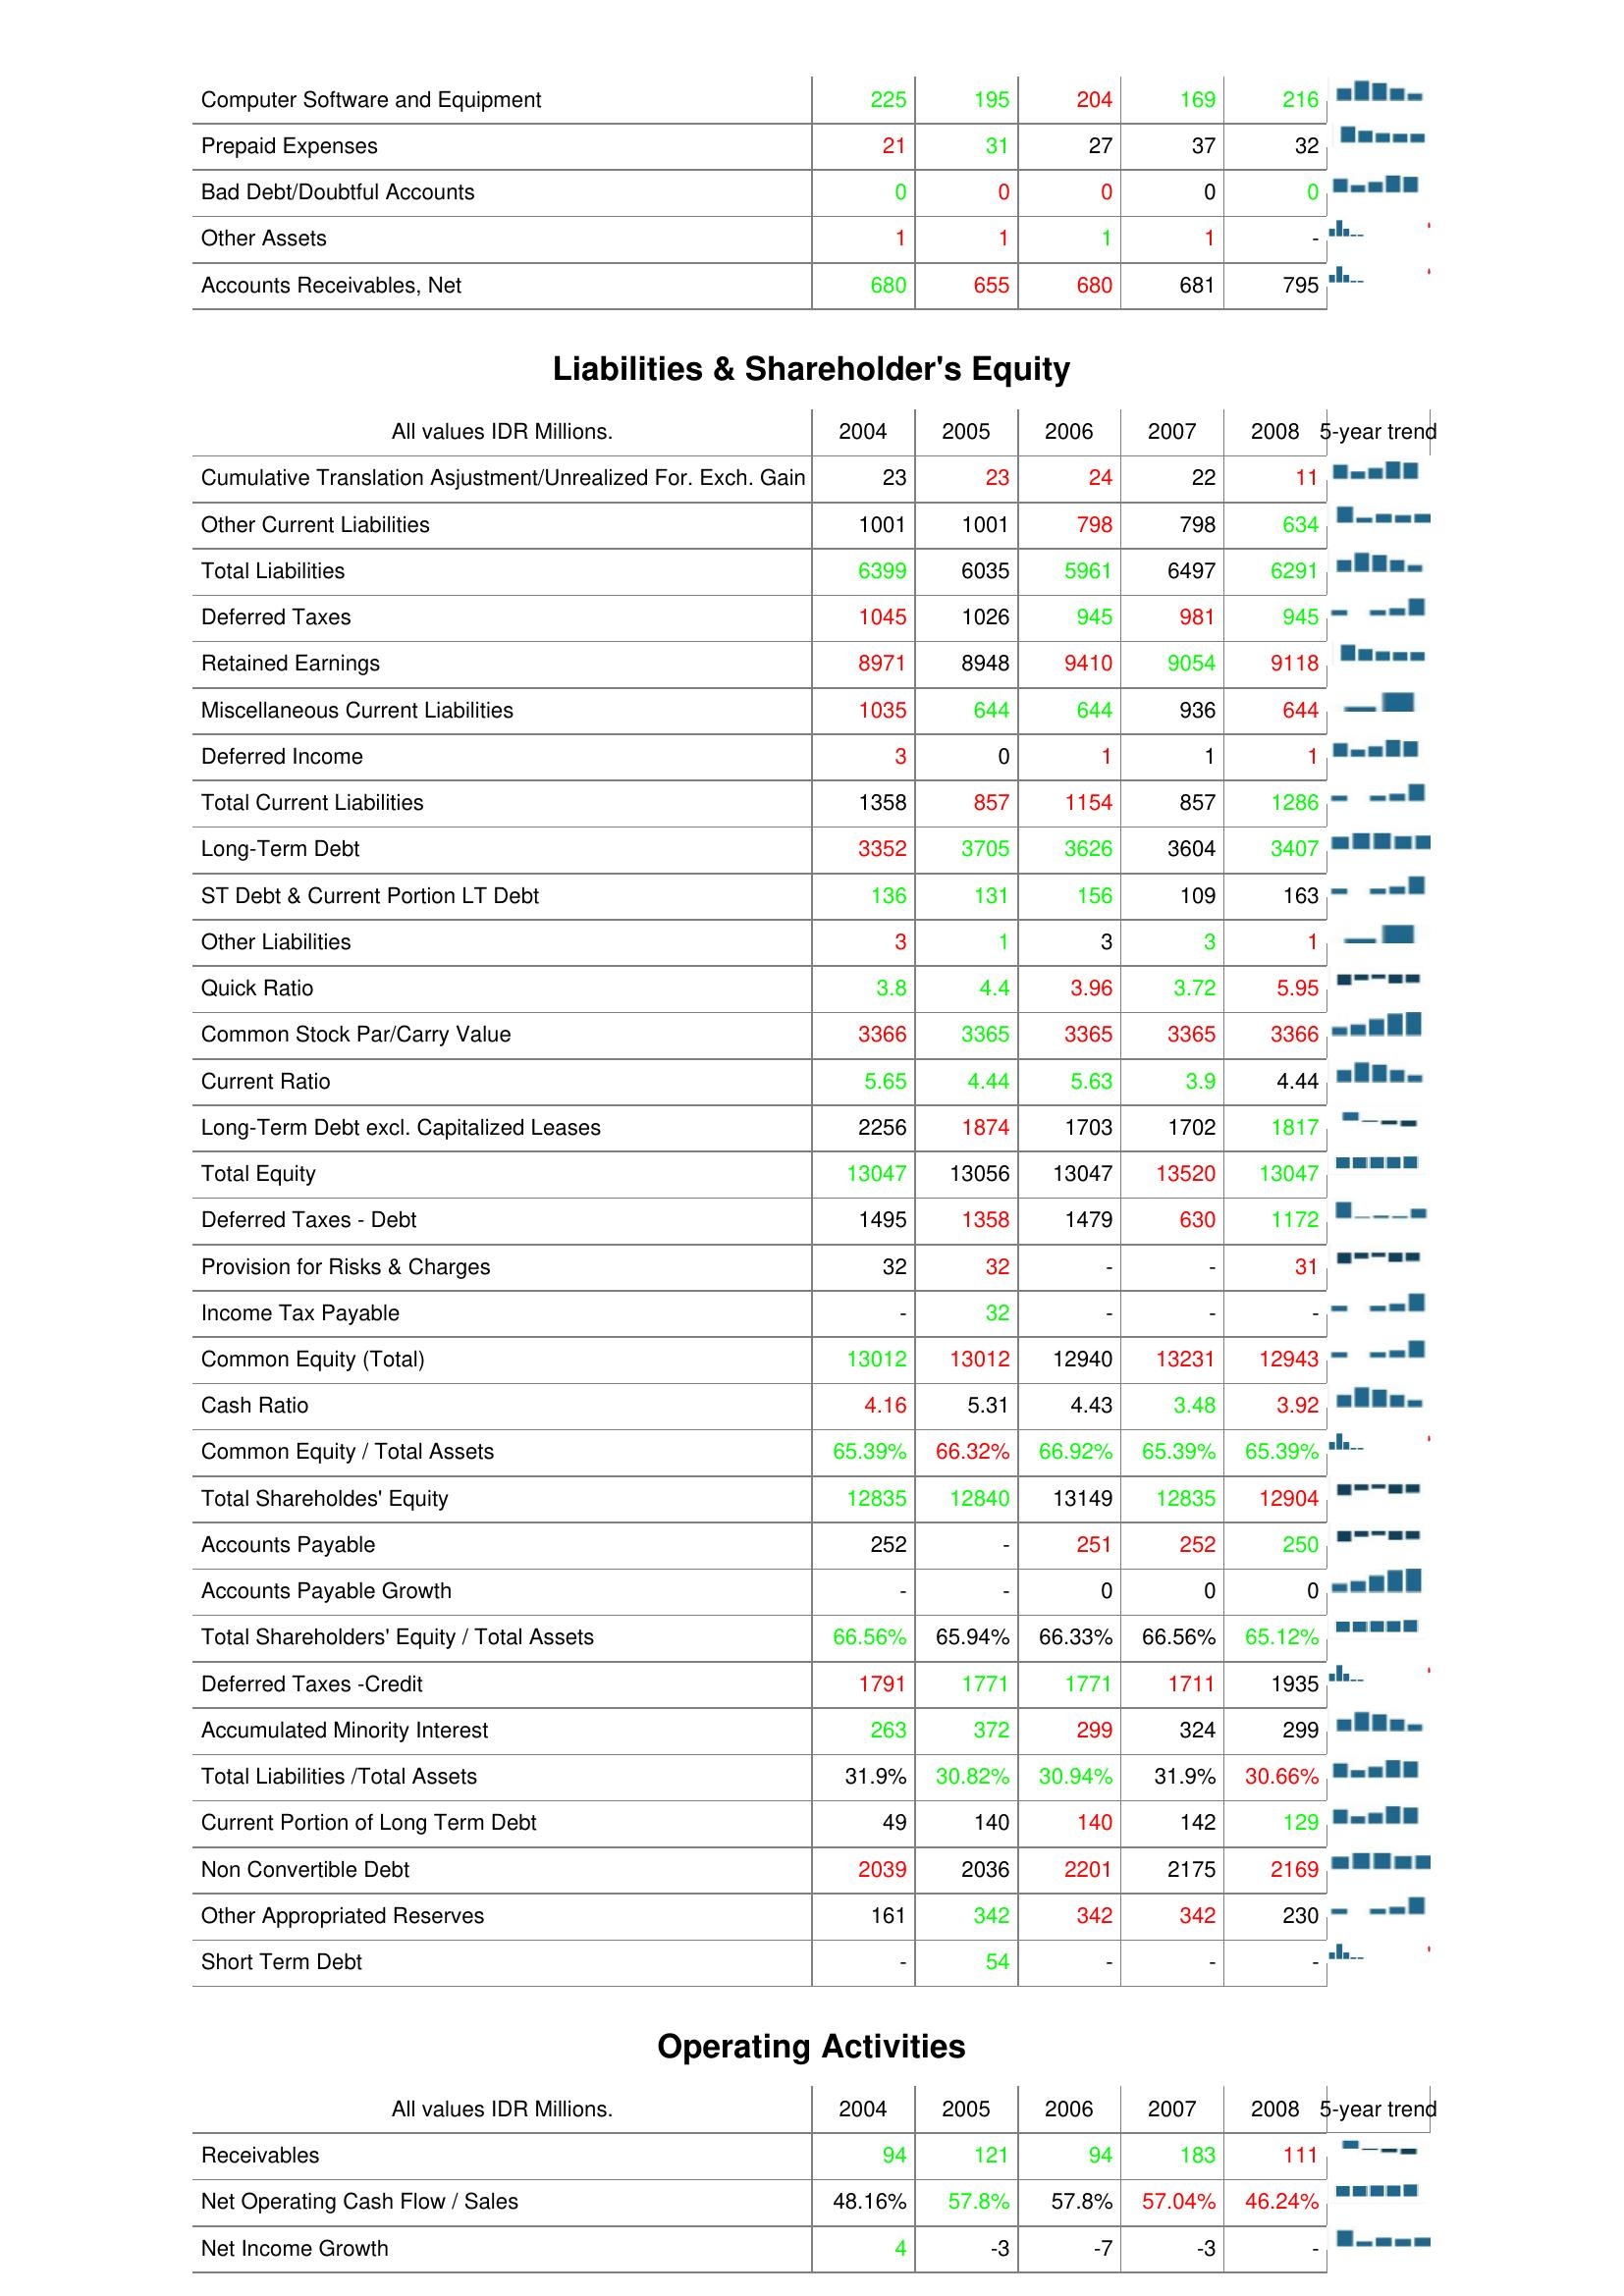
2004: Assets: Computer Software and Equipment: 225
Prepaid Expenses: 21
Bad Debt/Doubtful Accounts: 0
Other Assets: 1
Accounts Receivables, Net: 680
Liabilities & Shareholder's Equity: Cumulative Translation Asjustment/Unrealized For. Exch. Gain: 23
Other Current Liabilities: 1001
Total Liabilities: 6399
Deferred Taxes: 1045
Retained Earnings: 8971
Miscellaneous Current Liabilities: 1035
Deferred Income: 3
Total Current Liabilities: 1358
Long-Term Debt: 3352
ST Debt & Current Portion LT Debt: 136
Other Liabilities: 3
Quick Ratio: 3.8
Common Stock Par/Carry Value: 3366
Current Ratio: 5.65
Long-Term Debt excl. Capitalized Leases: 2256
Total Equity: 13047
Deferred Taxes - Debt: 1495
Provision for Risks & Charges: 32
Income Tax Payable: -
Common Equity (Total): 13012
Cash Ratio: 4.16
Common Equity / Total Assets: 65.39%
Total Shareholdes' Equity: 12835
Accounts Payable: 252
Accounts Payable Growth: -
Total Shareholders' Equity / Total Assets: 66.56%
Deferred Taxes -Credit: 1791
Accumulated Minority Interest: 263
Total Liabilities /Total Assets: 31.9%
Current Portion of Long Term Debt: 49
Non Convertible Debt: 2039
Other Appropriated Reserves: 161
Short Term Debt: -
Operating Activities: Receivables: 94
Net Operating Cash Flow / Sales: 48.16%
Net Income Growth: 4
2005: Assets: Computer Software and Equipment: 195
Prepaid Expenses: 31
Bad Debt/Doubtful Accounts: 0
Other Assets: 1
Accounts Receivables, Net: 655
Liabilities & Shareholder's Equity: Cumulative Translation Asjustment/Unrealized For. Exch. Gain: 23
Other Current Liabilities: 1001
Total Liabilities: 6035
Deferred Taxes: 1026
Retained Earnings: 8948
Miscellaneous Current Liabilities: 644
Deferred Income: 0
Total Current Liabilities: 857
Long-Term Debt: 3705
ST Debt & Current Portion LT Debt: 131
Other Liabilities: 1
Quick Ratio: 4.4
Common Stock Par/Carry Value: 3365
Current Ratio: 4.44
Long-Term Debt excl. Capitalized Leases: 1874
Total Equity: 13056
Deferred Taxes - Debt: 1358
Provision for Risks & Charges: 32
Income Tax Payable: 32
Common Equity (Total): 13012
Cash Ratio: 5.31
Common Equity / Total Assets: 66.32%
Total Shareholdes' Equity: 12840
Accounts Payable: -
Accounts Payable Growth: -
Total Shareholders' Equity / Total Assets: 65.94%
Deferred Taxes -Credit: 1771
Accumulated Minority Interest: 372
Total Liabilities /Total Assets: 30.82%
Current Portion of Long Term Debt: 140
Non Convertible Debt: 2036
Other Appropriated Reserves: 342
Short Term Debt: 54
Operating Activities: Receivables: 121
Net Operating Cash Flow / Sales: 57.8%
Net Income Growth: -3
2006: Assets: Computer Software and Equipment: 204
Prepaid Expenses: 27
Bad Debt/Doubtful Accounts: 0
Other Assets: 1
Accounts Receivables, Net: 680
Liabilities & Shareholder's Equity: Cumulative Translation Asjustment/Unrealized For. Exch. Gain: 24
Other Current Liabilities: 798
Total Liabilities: 5961
Deferred Taxes: 945
Retained Earnings: 9410
Miscellaneous Current Liabilities: 644
Deferred Income: 1
Total Current Liabilities: 1154
Long-Term Debt: 3626
ST Debt & Current Portion LT Debt: 156
Other Liabilities: 3
Quick Ratio: 3.96
Common Stock Par/Carry Value: 3365
Current Ratio: 5.63
Long-Term Debt excl. Capitalized Leases: 1703
Total Equity: 13047
Deferred Taxes - Debt: 1479
Provision for Risks & Charges: -
Income Tax Payable: -
Common Equity (Total): 12940
Cash Ratio: 4.43
Common Equity / Total Assets: 66.92%
Total Shareholdes' Equity: 13149
Accounts Payable: 251
Accounts Payable Growth: 0
Total Shareholders' Equity / Total Assets: 66.33%
Deferred Taxes -Credit: 1771
Accumulated Minority Interest: 299
Total Liabilities /Total Assets: 30.94%
Current Portion of Long Term Debt: 140
Non Convertible Debt: 2201
Other Appropriated Reserves: 342
Short Term Debt: -
Operating Activities: Receivables: 94
Net Operating Cash Flow / Sales: 57.8%
Net Income Growth: -7
2007: Assets: Computer Software and Equipment: 169
Prepaid Expenses: 37
Bad Debt/Doubtful Accounts: 0
Other Assets: 1
Accounts Receivables, Net: 681
Liabilities & Shareholder's Equity: Cumulative Translation Asjustment/Unrealized For. Exch. Gain: 22
Other Current Liabilities: 798
Total Liabilities: 6497
Deferred Taxes: 981
Retained Earnings: 9054
Miscellaneous Current Liabilities: 936
Deferred Income: 1
Total Current Liabilities: 857
Long-Term Debt: 3604
ST Debt & Current Portion LT Debt: 109
Other Liabilities: 3
Quick Ratio: 3.72
Common Stock Par/Carry Value: 3365
Current Ratio: 3.9
Long-Term Debt excl. Capitalized Leases: 1702
Total Equity: 13520
Deferred Taxes - Debt: 630
Provision for Risks & Charges: -
Income Tax Payable: -
Common Equity (Total): 13231
Cash Ratio: 3.48
Common Equity / Total Assets: 65.39%
Total Shareholdes' Equity: 12835
Accounts Payable: 252
Accounts Payable Growth: 0
Total Shareholders' Equity / Total Assets: 66.56%
Deferred Taxes -Credit: 1711
Accumulated Minority Interest: 324
Total Liabilities /Total Assets: 31.9%
Current Portion of Long Term Debt: 142
Non Convertible Debt: 2175
Other Appropriated Reserves: 342
Short Term Debt: -
Operating Activities: Receivables: 183
Net Operating Cash Flow / Sales: 57.04%
Net Income Growth: -3
2008: Assets: Computer Software and Equipment: 216
Prepaid Expenses: 32
Bad Debt/Doubtful Accounts: 0
Other Assets: -
Accounts Receivables, Net: 795
Liabilities & Shareholder's Equity: Cumulative Translation Asjustment/Unrealized For. Exch. Gain: 11
Other Current Liabilities: 634
Total Liabilities: 6291
Deferred Taxes: 945
Retained Earnings: 9118
Miscellaneous Current Liabilities: 644
Deferred Income: 1
Total Current Liabilities: 1286
Long-Term Debt: 3407
ST Debt & Current Portion LT Debt: 163
Other Liabilities: 1
Quick Ratio: 5.95
Common Stock Par/Carry Value: 3366
Current Ratio: 4.44
Long-Term Debt excl. Capitalized Leases: 1817
Total Equity: 13047
Deferred Taxes - Debt: 1172
Provision for Risks & Charges: 31
Income Tax Payable: -
Common Equity (Total): 12943
Cash Ratio: 3.92
Common Equity / Total Assets: 65.39%
Total Shareholdes' Equity: 12904
Accounts Payable: 250
Accounts Payable Growth: 0
Total Shareholders' Equity / Total Assets: 65.12%
Deferred Taxes -Credit: 1935
Accumulated Minority Interest: 299
Total Liabilities /Total Assets: 30.66%
Current Portion of Long Term Debt: 129
Non Convertible Debt: 2169
Other Appropriated Reserves: 230
Short Term Debt: -
Operating Activities: Receivables: 111
Net Operating Cash Flow / Sales: 46.24%
Net Income Growth: -